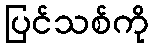
ပြင်သစ်ကို